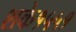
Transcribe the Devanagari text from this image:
शके१५५१